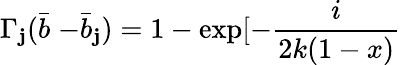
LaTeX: \Gamma_{\mathbf{j}}(\stackrel{\_ }{b}-\stackrel{\_ }{b}_{\mathbf{j}})=1-\exp[-\frac{{i}}{{2k(1-x)}}